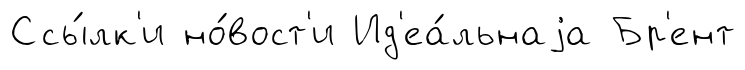
Ссы́лк'и но́вост'и Ид'еа́льнаjа Бр'ент